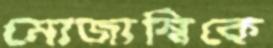
মোজাম্বিকে